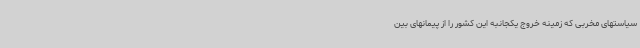
سیاستهای مخربی که زمینه خروج یکجانبه این کشور را از پیمانهای بین